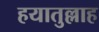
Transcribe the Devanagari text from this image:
हयातुल्लाह